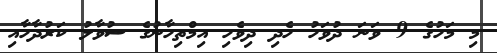
މި މަހުގެ 9 ވަނަ ދުވަހު ހެދި ދިވެހި އިމްތިހާނުގެ ސުވާލު ކަރުދާހާއި